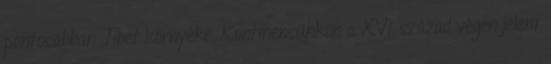
pontosabban Tibet környéke. Kontinensünkön a XVI. század végén jelent